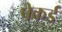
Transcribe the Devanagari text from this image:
पेकर्ड